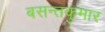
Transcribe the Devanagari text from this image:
बसन्तकुमार